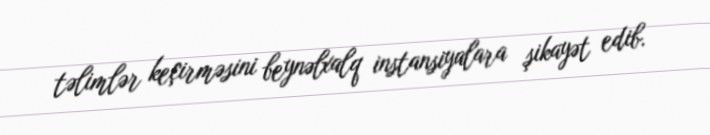
təlimlər keçirməsini beynəlxalq instansiyalara şikayət edib.